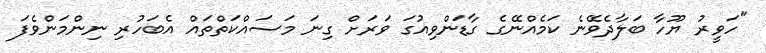
"ހަވީރު ޔޫހާ ބަލާދެވޭނެ ކަމެއްނޭގެ ގާޑަންވިއުގަ ވަރަށް ގިނަ މަސައްކަތްތައް އެބަހުރި ނިންމަންވެފަ